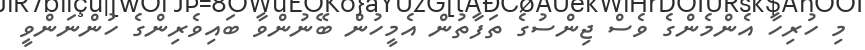
މި ހުރިހާ އެންމެންގެ ވެސް ޖިންސުގެ ތަފާތުން އެމީހުން ބޭނުންވާ ބައިވެރިންގެ ހުންނަންވީ